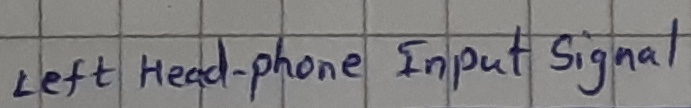
Text: left head-phone Input signal